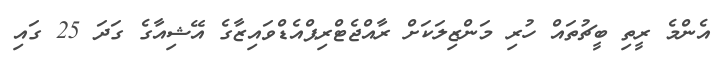
އެންމެ ރީތި ބީޗުތައް ހުރި މަންޒިލަކަށް ރާއްޖެޓްރިޕްއެޑްވައިޒާގެ އޭޝިއާގެ ގަދަ 25 ގައި